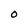
Character: O